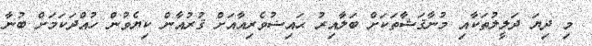
މި ދިޔަ ދަލީލުތަކާއި މުނާޤަޝާތަކަށް ބަލާއިރު ޙައިޟުވެރިއާއަށް ޤުރުއާން ކިޔެވުން ހުއްދަކަމަށް ބުނާ